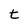
Character: t